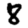
Digit: 8